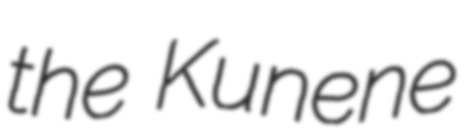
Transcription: the Kunene